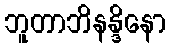
ဘူတာဘိနန္ဒိနော